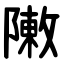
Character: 敶